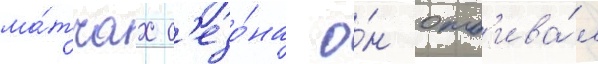
ма́тчах с'езо́на о́н отб'ива́л